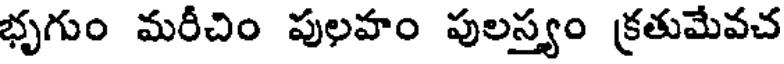
భృగుం మరీచిం పులహం పులస్త్యం క్రతుమేవచ